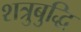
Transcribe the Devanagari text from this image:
शत्रुबुद्धि